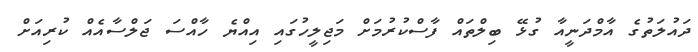
ދައުލަތުގެ އާމްދަނީއާ ގުޅޭ ބިލްތައް ފާސްކުރުމަށް މަޖިލީހުގައި އިއްޔެ ހާއްސަ ޖަލްސާއެއް ކުރިއަށް